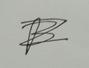
Signature authenticity: forged